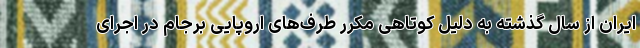
ایران از سال گذشته به دلیل کوتاهی‌ مکرر طرف‌های اروپایی برجام در اجرای